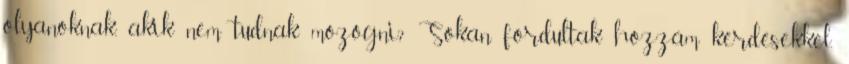
olyanoknak, akik nem tudnak mozogni? Sokan fordultak hozzám kérdésekkel,